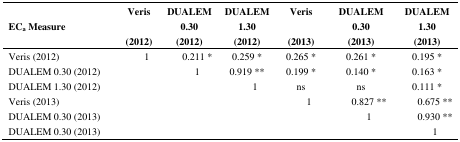
| ECa Measure | Veris (2012) | DUALEM 0.30 (2012) | DUALEM 1.30 (2012) | Veris (2013) | DUALEM 0.30 (2013) | DUALEM 1.30 (2013) |
 | --- | --- | --- | --- | --- | --- | --- |
 | Veris (2012) | 1 | 0.211 * | 0.259 * | 0.265 * | 0.261 * | 0.195 * |
 | DUALEM 0.30 (2012) |  | 1 | 0.919 ** | 0.199 * | 0.140 * | 0.163 * |
 | DUALEM 1.30 (2012) |  |  | 1 | ns | ns | 0.111 * |
 | Veris (2013) |  |  |  | 1 | 0.827 ** | 0.675 ** |
 | DUALEM 0.30 (2013) |  |  |  |  | 1 | 0.930 ** |
 | DUALEM 0.30 (2013) |  |  |  |  |  | 1 |